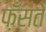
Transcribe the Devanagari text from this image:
फ़ँसते